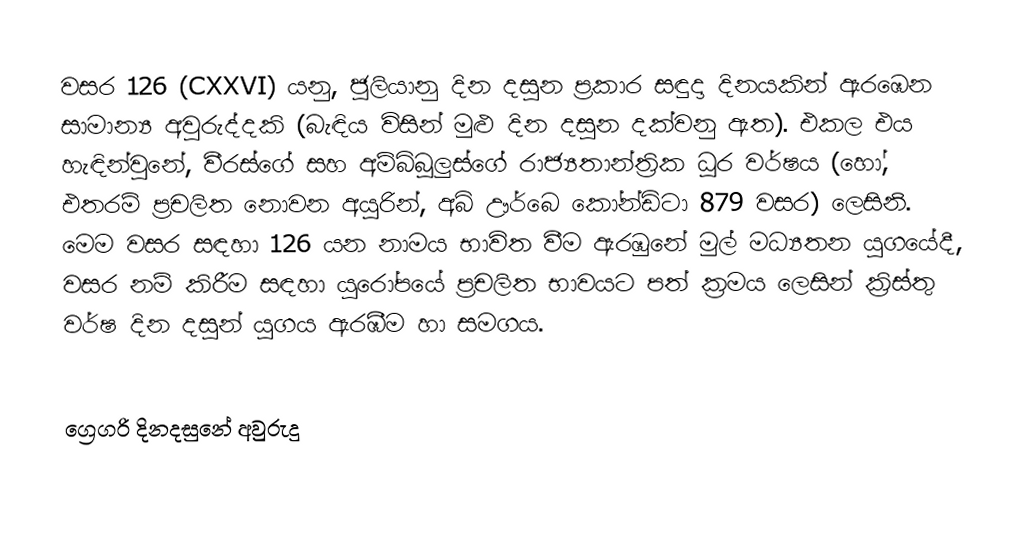

වසර 126 (CXXVI) යනු,  ජූලියානු දින දසුන ප්‍රකාර   සඳුදා දිනයකින් ඇරඹෙන සාමාන්‍ය අවුරුද්දකි  (බැඳිය විසින් මුළු දින දසුන දක්වනු ඇත). එකල එය හැඳින්වුනේ, වීරස්ගේ සහ අම්බිබූලුස්ගේ රාජ්‍යතාන්ත්‍රික  ධූර වර්ෂය (හෝ, එතරම් ප්‍රචලිත නොවන අයුරින්,  අබ් ඌර්බෙ කෝන්ඩිටා  879 වසර) ලෙසිනි.  මෙම වසර සඳහා 126 යන නාමය භාවිත වීම ඇරඹුනේ මුල් මධ්‍යතන යුගයේදී, වසර නම් කිරීම සඳහා යුරෝපයේ ප්‍රචලිත භාවයට පත් ක්‍රමය ලෙසින් ක්‍රිස්තු වර්ෂ දින දසුන් යුගය ඇරඹීම හා සමගය.

ග්‍රෙගරි දිනදසුනේ අවුරුදු